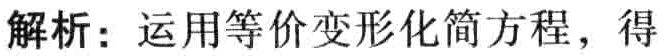
解析：运用等价变形化简方程，得